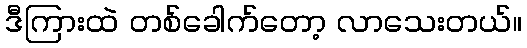
ဒီကြားထဲ တစ်ခေါက်တော့ လာသေးတယ်။